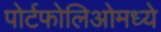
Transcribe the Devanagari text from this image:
पोर्टफोलिओमध्ये